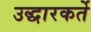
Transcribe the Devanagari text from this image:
उद्धारकर्ते